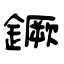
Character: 鐝